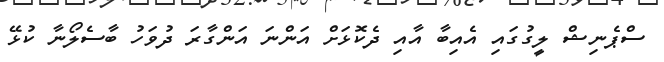
ސްޕެނިޝް ލީގުގައި އެއިބާ އާއި ދެކޮޅަށް އަންނަ އަންގާރަ ދުވަހު ބާސެލޯނާ ކުޅޭ